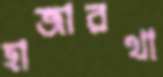
হাজারখা